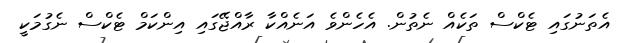
އެތަނުގައި ޓެކްސް ތަކެއް ނެތުން. އެހެންވެ އަނެއްކާ ރާއްޖޭގައި އިންކަމް ޓެކްސް ނެގުމަކީ